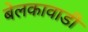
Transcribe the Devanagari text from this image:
बेलकावाडी